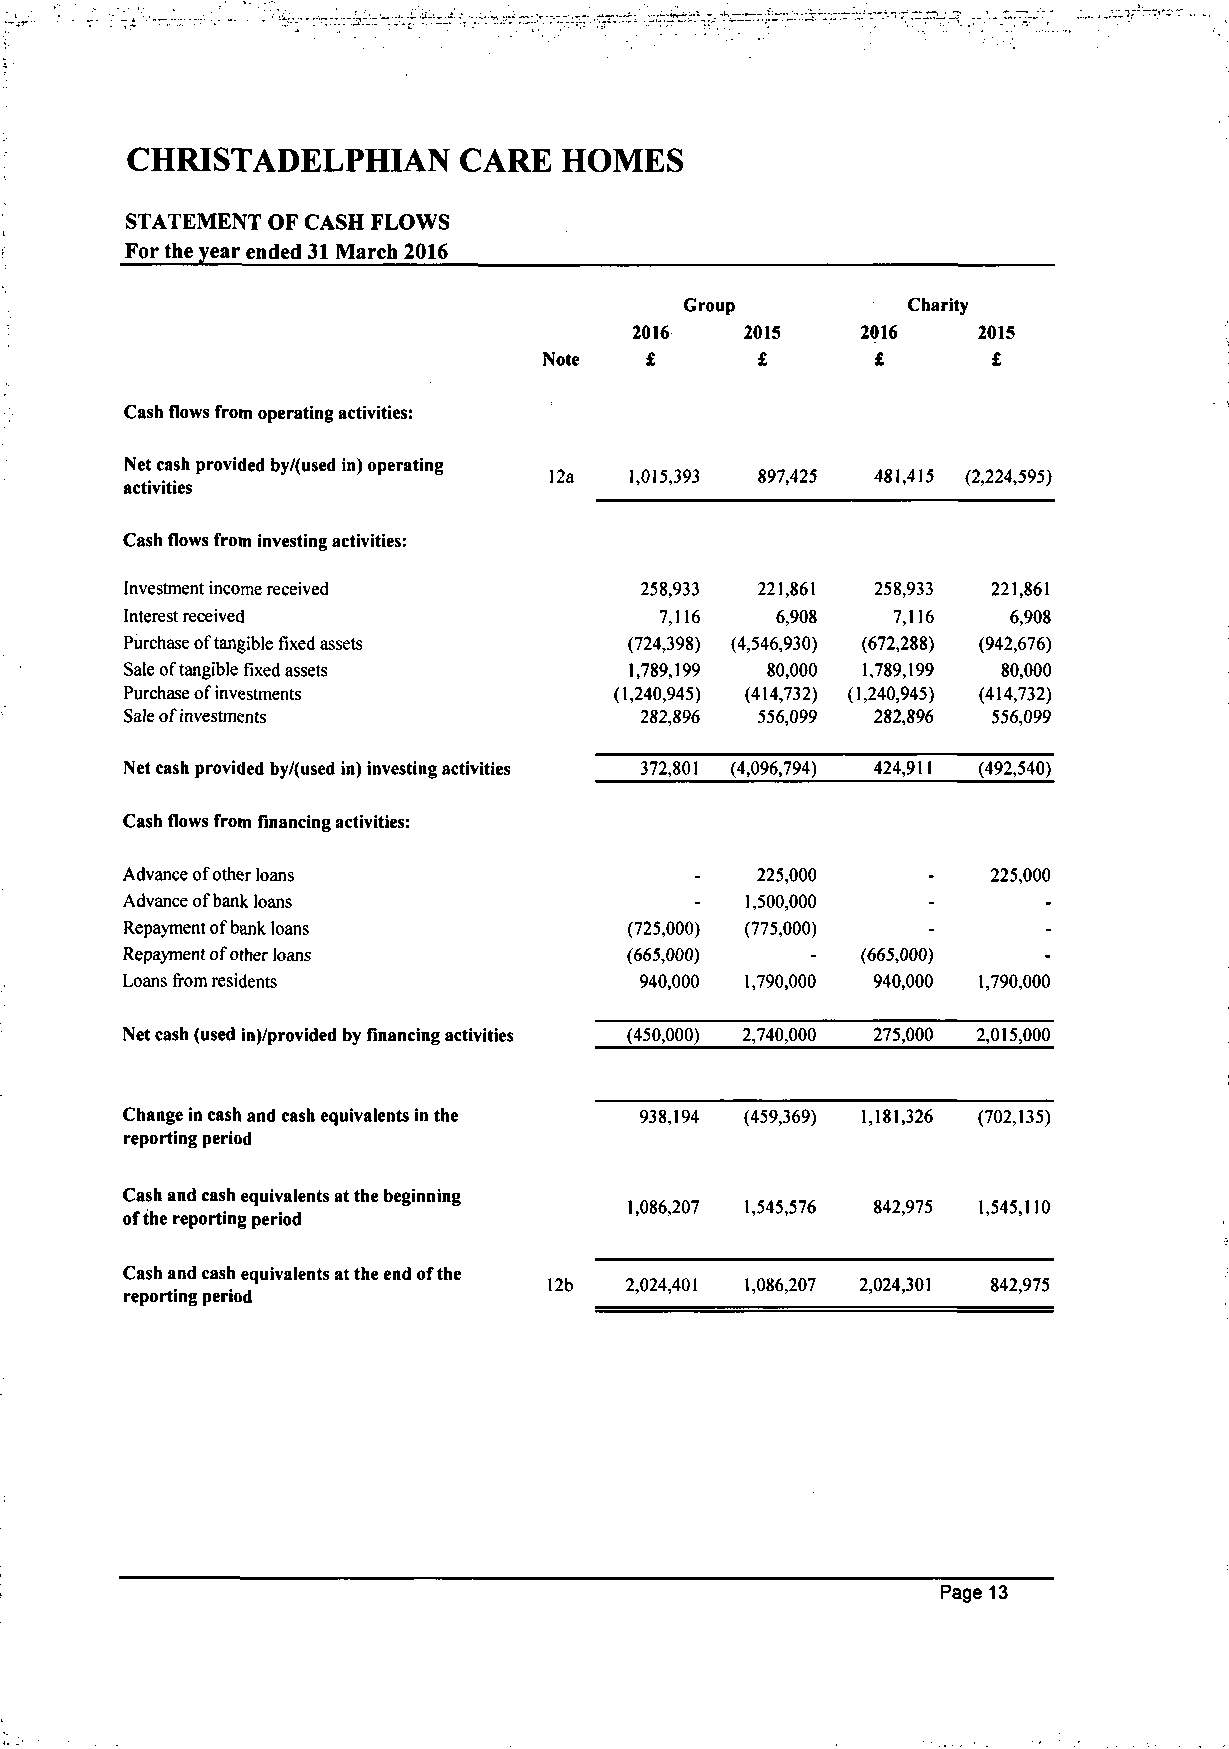
CHRISTADELPHIAN       CARE   HOMES
 STATEMENT OF CASH FLOWS
 For the year ended 31 March 2016
 Group          Charity
 2016   2015    2016    2015
 Note   £      £       £       £
 Cash flows from operating activities:
 Net cash provided by/(used in) operating ^
 a    1,015,393 897,425 481,415 (2,224,595)
 activities
 Cash flows from investing activities:
 Investment income received        258,933 221,861 258,933 221,861
 Interest received                   7,116  6,908   7,116   6,908
 Purchase of tangible fixed assets (724,398) (4,546,930) (672,288) (942,676)
 Sale of tangible fixed assets     1,789,199 80,000 1,789,199 80,000
 Purchase of investments          (1,240,945) (414,732) (1,240,945) (414,732)
 Sale of investments               282,896 556,099 282,896 556,099
 Net cash provided by/(used in) investing activities 372,801 (4,096,794) 424,911 (492,540)
 Cash flows from financing activities:
 Advance of other loans                _   225,000    _    225,000
 Advance of bank loans                 -  1,500,000   -       -
 Repayment of bank loans           (725,000) (775,000) -      -
 Repayment of other loans         (665,000)    -  (665fi00)   -
 Loans from residents              940,000 1,790,000 940,000 1,790,000
 Net cash (used in)/provided by financing activities (450,000) 2,740,000 275,000 2,015,000
 Change in cash and cash equivalents in the 938,194 (459,369) 1,181,326 (702,135)
 reporting period
 Cash and cash equivalents at the beginning
 1,086,207 1,545,576 842,975 1,545,110
 of the reporting period
 Cash and cash equivalents at the end of the
 2,024,401 1,086,207 2,024,301 842,975
 reporting period
 Page 13